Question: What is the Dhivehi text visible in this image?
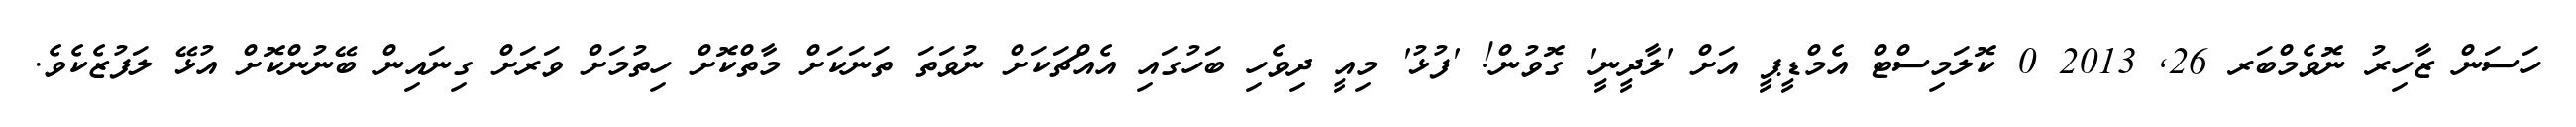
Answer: ހަސަން ޒާހިރު ނޮވެމްބަރ 26, 2013 0 ކޮލަމިސްޓް އެމްޑީޕީ އަށް 'ލާދީނީ' ގޮވުން! 'ފުޅު' މިއީ ދިވެހި ބަހުގައި އެއްޗަކަށް ނުވަތަ ތަނަކަށް މާތްކޮށް ހިތުމަށް ވަރަށް ގިނައިން ބޭނުންކޮށް އުޅޭ ލަފުޒެކެވެ.